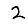
Digit: 2